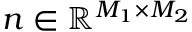
\boldsymbol { n } \in \mathbb { R } ^ { M _ { 1 } \times M _ { 2 } }